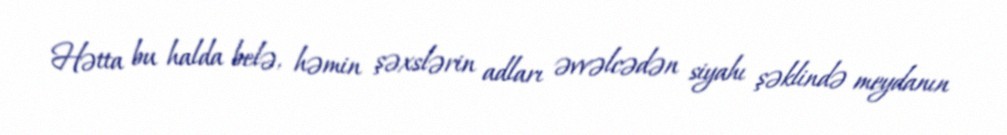
Hətta bu halda belə, həmin şəxslərin adları əvvəlcədən siyahı şəklində meydanın